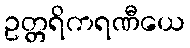
ဥတ္တရိကရဏီယေ